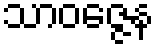
သာဝဇ္ဇေန